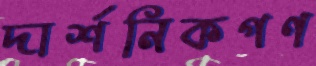
দার্শনিকগণ